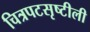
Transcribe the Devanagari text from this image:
चित्रपटसृष्टीली